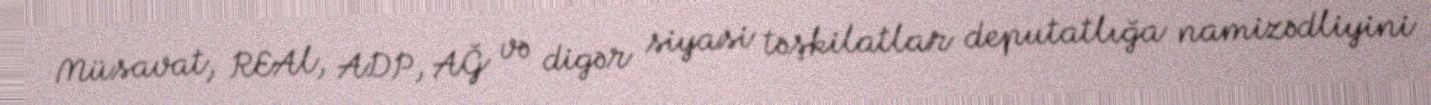
Müsavat, REAl, ADP, AĞ və digər siyasi təşkilatlar deputatlığa namizədliyini